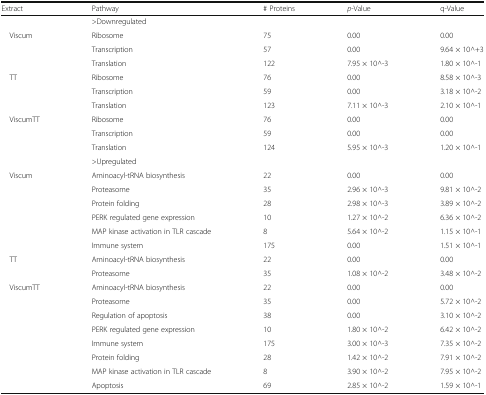
<table><thead><tr><td><b>Extract</b></td><td><b>Pathway</b></td><td><b># Proteins</b></td><td><b><i>p</i>-Value</b></td><td><b>q-Value</b></td></tr></thead><tbody><tr><td></td><td colspan="4">&gt;Downregulated</td></tr><tr><td rowspan="3"> Viscum</td><td>Ribosome</td><td>75</td><td>0.00</td><td>0.00</td></tr><tr><td>Transcription</td><td>57</td><td>0.00</td><td>9.64 × 10^+3</td></tr><tr><td>Translation</td><td>122</td><td>7.95 × 10^-3</td><td>1.80 × 10^-1</td></tr><tr><td rowspan="3"> TT</td><td>Ribosome</td><td>76</td><td>0.00</td><td>8.58 × 10^-3</td></tr><tr><td>Transcription</td><td>59</td><td>0.00</td><td>3.18 × 10^-2</td></tr><tr><td>Translation</td><td>123</td><td>7.11 × 10^-3</td><td>2.10 × 10^-1</td></tr><tr><td rowspan="3"> ViscumTT</td><td>Ribosome</td><td>76</td><td>0.00</td><td>0.00</td></tr><tr><td>Transcription</td><td>59</td><td>0.00</td><td>0.00</td></tr><tr><td>Translation</td><td>124</td><td>5.95 × 10^-3</td><td>1.20 × 10^-1</td></tr><tr><td></td><td colspan="4">&gt;Upregulated</td></tr><tr><td rowspan="6"> Viscum</td><td>Aminoacyl-tRNA biosynthesis</td><td>22</td><td>0.00</td><td>0.00</td></tr><tr><td>Proteasome</td><td>35</td><td>2.96 × 10^-3</td><td>9.81 × 10^-2</td></tr><tr><td>Protein folding</td><td>28</td><td>2.98 × 10^-3</td><td>3.89 × 10^-2</td></tr><tr><td>PERK regulated gene expression</td><td>10</td><td>1.27 × 10^-2</td><td>6.36 × 10^-2</td></tr><tr><td>MAP kinase activation in TLR cascade</td><td>8</td><td>5.64 × 10^-2</td><td>1.15 × 10^-1</td></tr><tr><td>Immune system</td><td>175</td><td>0.00</td><td>1.51 × 10^-1</td></tr><tr><td rowspan="2"> TT</td><td>Aminoacyl-tRNA biosynthesis</td><td>22</td><td>0.00</td><td>0.00</td></tr><tr><td>Proteasome</td><td>35</td><td>1.08 × 10^-2</td><td>3.48 × 10^-2</td></tr><tr><td rowspan="8"> ViscumTT</td><td>Aminoacyl-tRNA biosynthesis</td><td>22</td><td>0.00</td><td>0.00</td></tr><tr><td>Proteasome</td><td>35</td><td>0.00</td><td>5.72 × 10^-2</td></tr><tr><td>Regulation of apoptosis</td><td>38</td><td>0.00</td><td>3.10 × 10^-2</td></tr><tr><td>PERK regulated gene expression</td><td>10</td><td>1.80 × 10^-2</td><td>6.42 × 10^-2</td></tr><tr><td>Immune system</td><td>175</td><td>3.00 × 10^-3</td><td>7.35 × 10^-2</td></tr><tr><td>Protein folding</td><td>28</td><td>1.42 × 10^-2</td><td>7.91 × 10^-2</td></tr><tr><td>MAP kinase activation in TLR cascade</td><td>8</td><td>3.90 × 10^-2</td><td>7.95 × 10^-2</td></tr><tr><td>Apoptosis</td><td>69</td><td>2.85 × 10^-2</td><td>1.59 × 10^-1</td></tr></tbody></table>